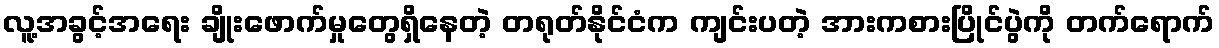
လူ့အခွင့်အရေး ချိုးဖောက်မှုတွေရှိနေတဲ့ တရုတ်နိုင်ငံက ကျင်းပတဲ့ အားကစားပြိုင်ပွဲကို တက်ရောက်